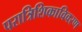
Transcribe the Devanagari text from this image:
परात्रिशिकाविवरण